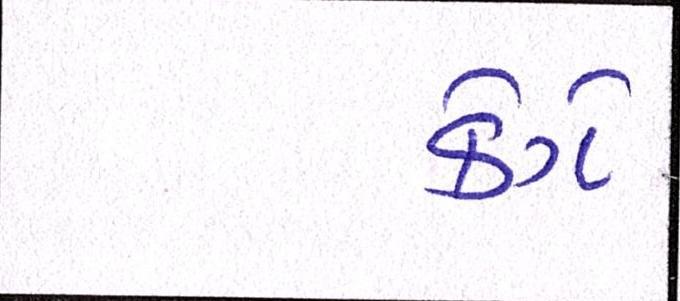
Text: કેગે